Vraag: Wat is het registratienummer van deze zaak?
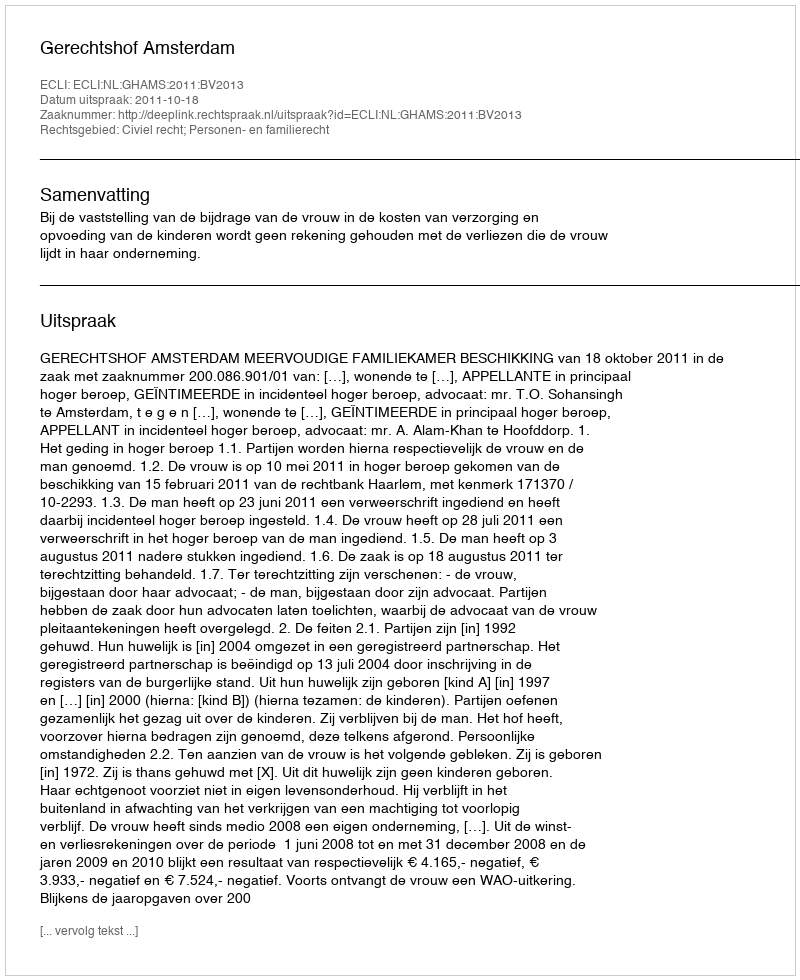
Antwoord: http://deeplink.rechtspraak.nl/uitspraak?id=ECLI:NL:GHAMS:2011:BV2013